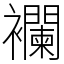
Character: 襴